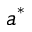
a ^ { * }